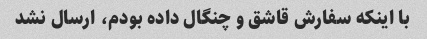
با اینکه سفارش قاشق و چنگال داده بودم، ارسال نشد